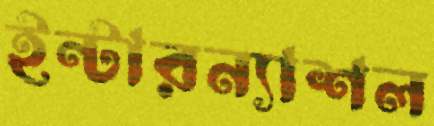
ইন্টারন্যাশল